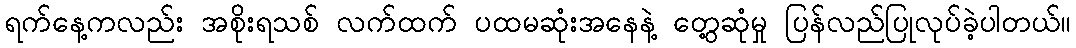
ရက်နေ့ကလည်း အစိုးရသစ် လက်ထက် ပထမဆုံးအနေနဲ့ တွေ့ဆုံမှု ပြန်လည်ပြုလုပ်ခဲ့ပါတယ်။